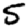
Digit: 5